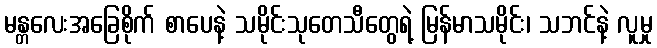
မန္တလေးအခြေစိုက် စာပေနဲ့ သမိုင်းသုတေသီတွေရဲ့ မြန်မာသမိုင်း၊ သဘင်နဲ့ လူမှု